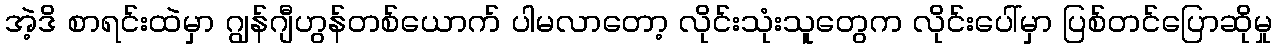
အဲ့ဒိ စာရင်းထဲမှာ ဂျွန်ဂျီဟွန်တစ်ယောက် ပါမလာတော့ လိုင်းသုံးသူတွေက လိုင်းပေါ်မှာ ပြစ်တင်ပြောဆိုမှု